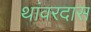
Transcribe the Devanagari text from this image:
थांवरदास